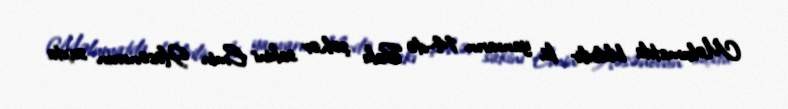
Məlumatda bildirilir ki, yanvarın 14-də Bakı şəhər sakini Emin Həsənovun saxta